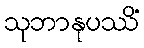
သုဘာနုပဿိံ